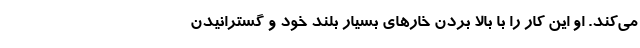
می‌کند. او این کار را با بالا بردن خارهای بسیار بلند خود و گسترانیدن